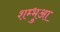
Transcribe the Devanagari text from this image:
शम्भुआ